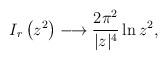
LaTeX: \begin{align*}I_r\left(z^2\right)\longrightarrow\frac{2\pi^2}{|z|^4}\ln z^2,\end{align*}